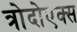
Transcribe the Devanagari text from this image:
त्रोदोएक्स